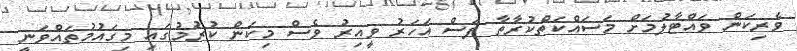
ވެރިކަން ވައްޓާލުމަށް މަސައްކަތްކުރާތާ ފަސް އަހަރު ވީއިރު ވެސް މިކަން ކުރުމުގައި މިގައުމުތައްވަނީ